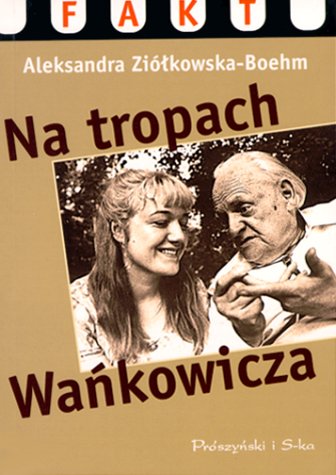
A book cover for Na Tropach Wankowicza (Fakt) (Polish Edition); Aleksandra Ziolkowska-Boehm; Law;